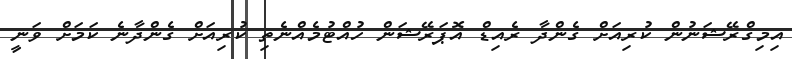
އިމިގްރޭޝަނުން ކުރިއަށް ގެންދާ ރެއިޑް އޮޕަރޭޝަން ހުއްޓުމެއްނެތި ކުރިއަށް ގެންދާނެ ކަމަށް ވަނީ